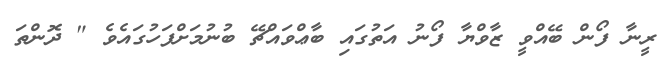
ރީނާ ފޯން ބޭއްވީ ޒާވްޔާ ފޯނު އަތުގައި ބާޢްވައްޗޭ ބުނުމަށްފަހުގައެވެ " ދޮންތަ